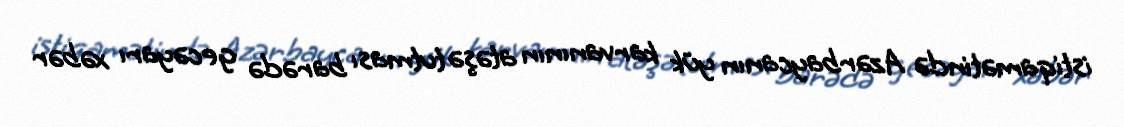
istiqamətində Azərbaycanın yük karvanının atəşə tutması barədə gecəyarı xəbər